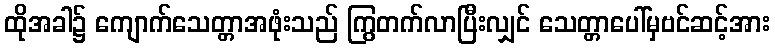
ထိုအခါ၌ ကျောက်သေတ္တာအဖုံးသည် ကြွတက်လာပြီးလျှင် သေတ္တာပေါ်မှဗင်ဆင့်အား